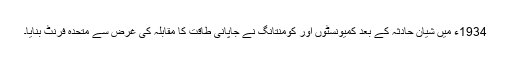
1934ء میں شیان حادثہ کے بعد کمیونسٹوں اور کومنتانگ نے جاپانی طاقت کا مقابلہ کی غرض سے متحدہ فرنٹ بنایا۔